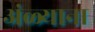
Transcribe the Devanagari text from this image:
अंळ्याना